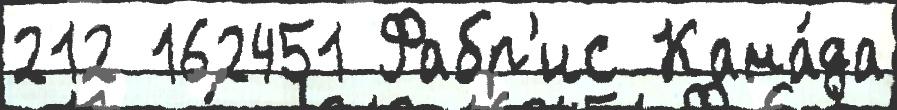
212 162451 Фабр'ис Кана́да